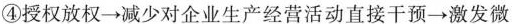
④授权放权→减少对企业生产经营活动直接干预→激发微